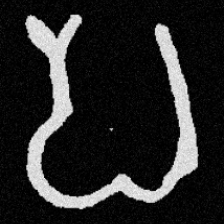
Pyu character \u2014 Myanmar letter: ပ (romanized: pa)